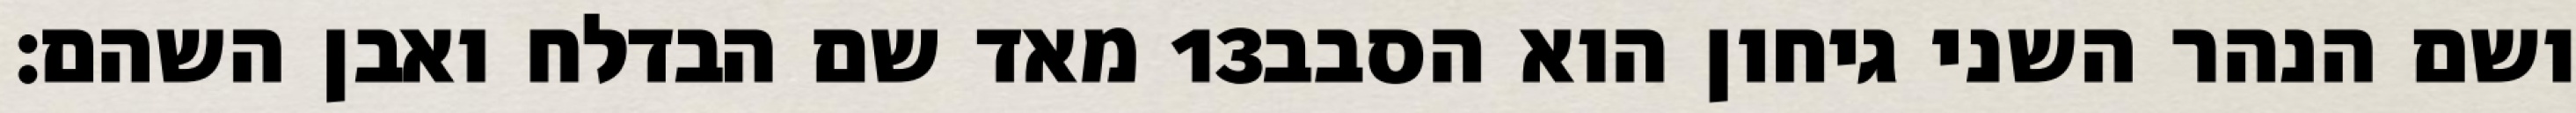
מאד שם הבדלח ואבן השהם׃ ‎13‏ ושם הנהר השני גיחון הוא הסבב